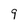
Character: 9